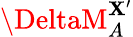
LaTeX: \DeltaM_{A}^{\mathbf{X}^{\prime}}